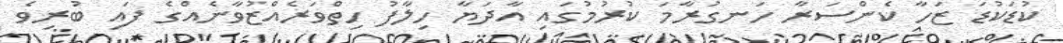
ކުޑަކުޑަ ޒަހާ ކެންސަރާ ހަނގުރާމަ ކުރުމުގައި އާދަޔާ ހިލާފު ހިތްވަރެއްޒުވާނެއްގެ ފައި ބުރިވެ